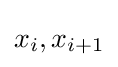
x_{i},x_{i+1}